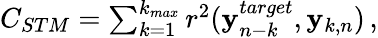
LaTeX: \begin{array}{r}{C_{STM}=\sum_{k=1}^{k_{max}}r^{2}({\mathbf y}_{n-k}^{target},{\mathbf y}_{k,n})\, ,}\end{array}